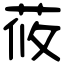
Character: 莜